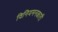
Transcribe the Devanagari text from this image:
विनियमनकारी